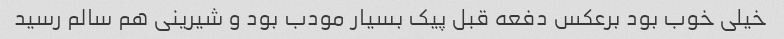
خیلی خوب بود برعکس دفعه قبل پیک بسیار مودب بود و شیرینی هم سالم رسید